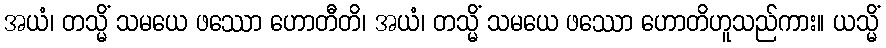
အယံ၊ တသ္မိံ သမယေ ဖဿော ဟောတီတိ၊ အယံ၊ တသ္မိံ သမယေ ဖဿော ဟောတိဟူသည်ကား။ ယသ္မိံ